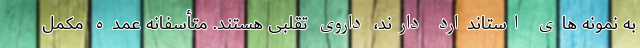
به نمونه های استاندارد دارند، داروی تقلبی هستند. متأسفانه عمده مکمل